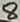
Text: 8